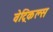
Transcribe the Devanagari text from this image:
वेट्रिकल्स